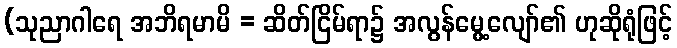
(သုညာဂါရေ အဘိရမာမိ = ဆိတ်ငြိမ်ရာ၌ အလွန်မွေ့လျော်၏ ဟုဆိုရုံဖြင့်